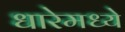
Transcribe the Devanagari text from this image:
धारेमध्ये